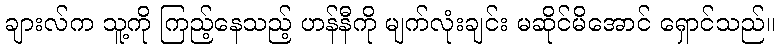
ချားလ်က သူ့ကို ကြည့်နေသည့် ဟန်နီကို မျက်လုံးချင်း မဆိုင်မိအောင် ရှောင်သည်။